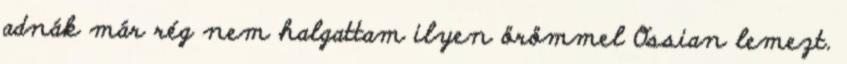
adnák már rég nem halgattam ilyen örömmel Ossian lemezt.